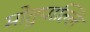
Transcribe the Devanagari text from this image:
मोतुपाल्लि